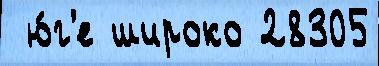
 ю́г'е широко 28305